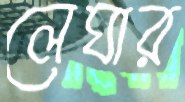
লেঘার